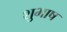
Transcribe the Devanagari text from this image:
शुभाष